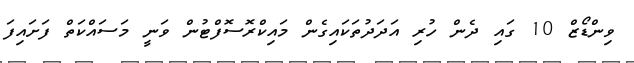
ވިންޑޯޒް 10 ގައި ދެން ހުރި އަދަދުތަކައިގެން މައިކްރޮސޮފްޓުން ވަނީ މަސައްކަތް ފަށައިފަ